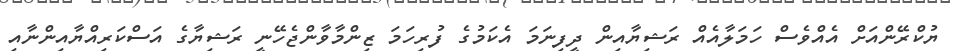
ޔުކްރޭންއަށް އެއްވެސް ހަމަލާއެއް ރަޝިޔާއިން ދީފިނަމަ އެކަމުގެ ފުރިހަމަ ޒިންމާވާންޖެހޭނީ ރަޝިޔާގެ އަސްކަރިއްޔާއިންނާއި